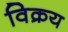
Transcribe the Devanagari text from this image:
विक्रय